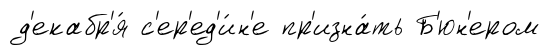
д'екабр'я́ с'ер'ед'и́н'е пр'изна́ть Б'юн'ером